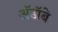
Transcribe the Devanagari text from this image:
ॲडॉबे